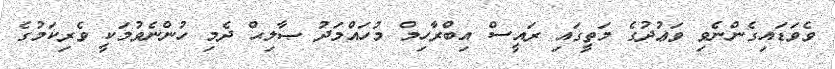
ވެވަޑައިގެންނެވި ވަޢުދުގެ މަތީގައި ރައީސް އިބްރާހިމް މުހައްމަދު ޞާލިޙް ދެމި ހުންނެވުމަކީ ވެރިކަމުގެ